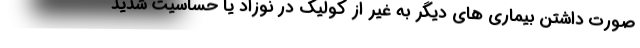
صورت داشتن بیماری های دیگر به غیر از کولیک در نوزاد یا حساسیت شدید